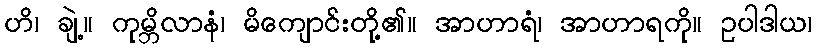
ဟိ၊ ချဲ့။ ကုမ္ဘိလာနံ၊ မိကျောင်းတို့၏။ အာဟာရံ၊ အာဟာရကို။ ဥပါဒါယ၊